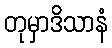
တုမှာဒိသာနံ